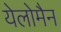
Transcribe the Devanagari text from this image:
येलोमैन